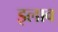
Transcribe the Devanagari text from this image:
इलाव